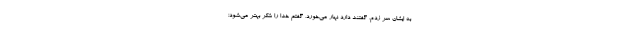
به ایشان سر زدم، گفتند دارد نهار می‌خورد، گفتم خدا را شکر بهتر می‌شود؛